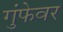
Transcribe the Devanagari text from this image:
गुंफेवर